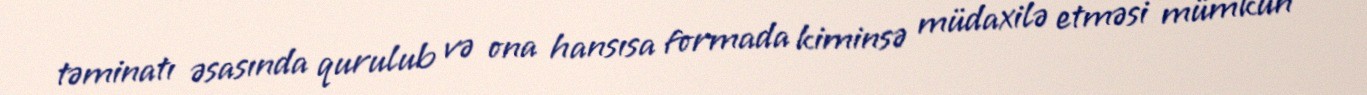
təminatı əsasında qurulub və ona hansısa formada kiminsə müdaxilə etməsi mümkün